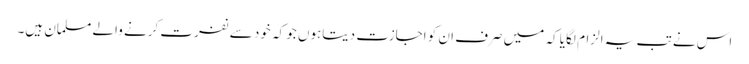
اس نے تب یہ الزام لگایا کہ میں صرف ان کو اجازت دیتاہوں جو کہ خود سے نفرت کرنے والے مسلمان ہیں۔